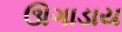
ઊગાડાય